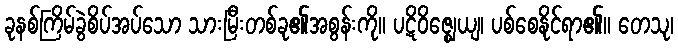
ခုနစ်ကြိမ်ခွဲစိပ်အပ်သော သားမြီးတစ်ခု၏အစွန်းကို။ ပဋိဝိဇ္ဈေယျ၊ ပစ်စေနိုင်ရာ၏။ တေသု၊